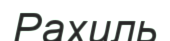
Рахиль